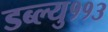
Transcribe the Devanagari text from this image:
डब्ल्यु११३